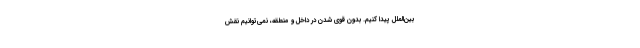
بین‌الملل پیدا کنیم. بدون قوی شدن در داخل و منطقه، نمی‌توانیم نقش